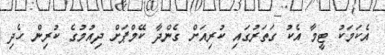
އެކަމަކު ޓީމާ އެކު ގަތަރުގައި ކުރިއަށް ގެންދާ ކޭމްޕަށް ދިއުމުގެ ކުރިން ހެދި